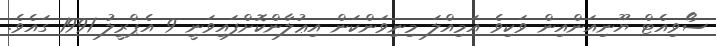
ސޯވިއެޓް ޔޫނިއަންއިން ވަކިވެ އަމިއްލަ މިނިވަންކަން އިޢުލާންކޮށްފައިވަނީ 9 އެޕްރީލު 1991 ގައެވެ.